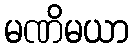
မဏိမယာ